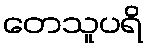
တေသူပရိ